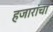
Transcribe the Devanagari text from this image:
हजारांचा